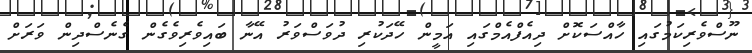
ނޫސްވެރިކަމުގައި ހާއްސަކޮށް ދިއެފްއެމްގައި އަމީން ހޭދަކުރި ދުވަސްވަރު އޭނާ ބައިވެރިވެގެން ގެނެސްދިން ވަރަށް